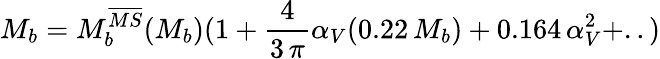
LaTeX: M_{b}=M_{b}^{\overline{{{MS}}}}(M_{b})(1+{\frac{4}{3\, \pi}}\alpha_{V}(0.22\, M_{b})+0.164\, \alpha_{V}^{2}+..)